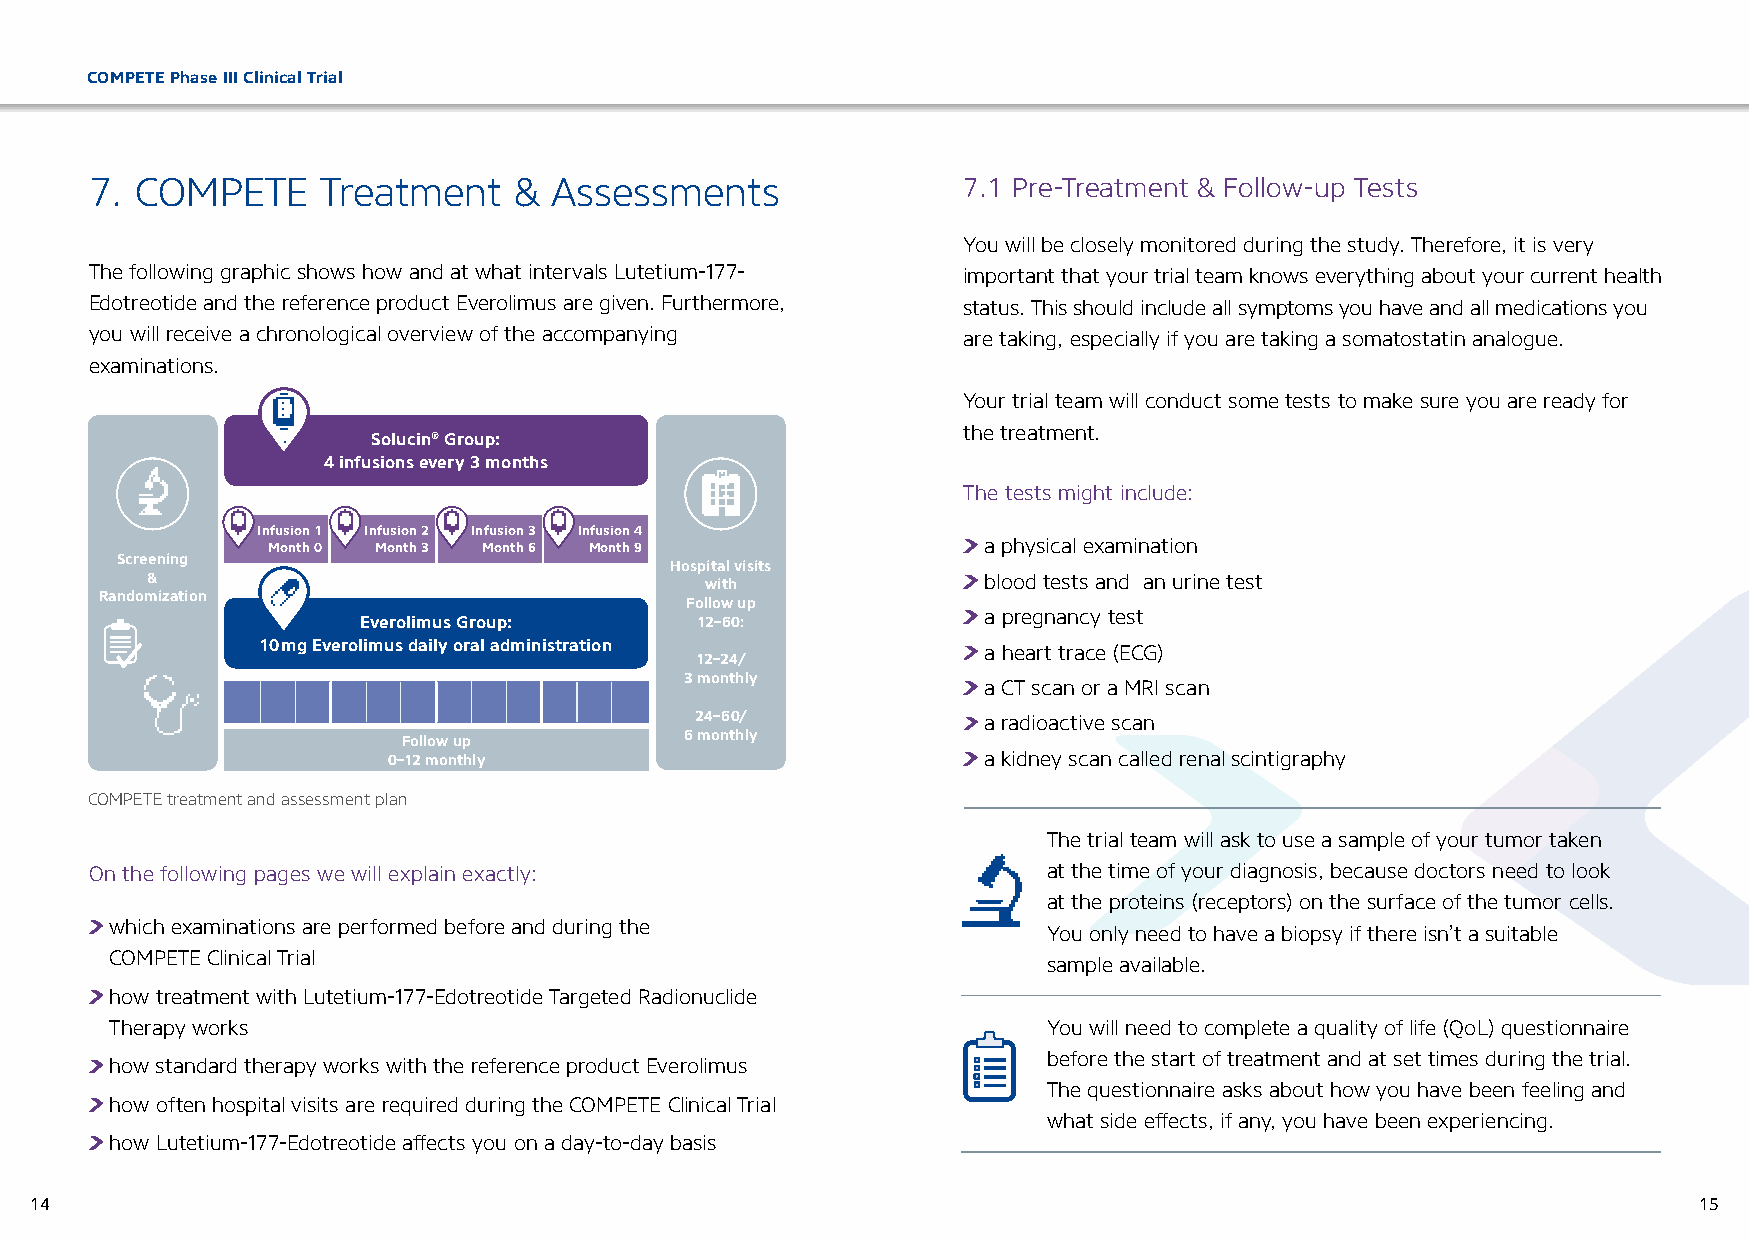
COMPETE Phase III Clinical Trial
 7. COMPETE     Treatment    &  Assessments                7.1 Pre-Treatment & Follow-up Tests
 You will be closely monitored during the study. Therefore, it is very
 The following graphic shows how and at what intervals Lutetium-177- important that your trial team knows everything about your current health
 Edotreotide and the reference product Everolimus are given. Furthermore, status. This should include all symptoms you have and all medications you
 you will receive a chronological overview of the accompanying are taking, especially if you are taking a somatostatin analogue.
 examinations.
 Your trial team will conduct some tests to make sure you are ready for
 the treatment.
 Solucin® Group:
 4 infusions every 3 months
 The tests might include:
 Infusion 1 Infusion 2 Infusion 3 Infusion 4
 Month 0 Month 3 Month 6 Month 9                a physical examination
 Screening
 Hospital visits
 &                                    with              blood tests and an urine test
 Randomization
 Follow up
 Everolimus Group:     12–60:
 a pregnancy test
 10 mg Everolimus daily oral administration
 12–24/
 a heart trace (ECG)
 3 monthly
 a CT scan or a MRI scan
 24–60/             a radioactive scan
 6 monthly
 Follow up
 0–12 monthly                           a kidney scan called renal scintigraphy
 COMPETE treatment and assessment plan
 The trial team will ask to use a sample of your tumor taken
 On the following pages we will explain exactly:                at the time of your diagnosis, because doctors need to look
 at the proteins (receptors) on the surface of the tumor cells.
 which examinations are performed before and during the
 You only need to have a biopsy if there isn’t a suitable
 COMPETE Clinical Trial
 sample available.
 how treatment with Lutetium-177-Edotreotide Targeted Radionuclide
 Therapy works                                                 You will need to complete a quality of life (QoL) questionnaire
 before the start of treatment and at set times during the trial.
 how standard therapy works with the reference product Everolimus
 The questionnaire asks about how you have been feeling and
 how often hospital visits are required during the COMPETE Clinical Trial
 what side effects, if any, you have been experiencing.
 how Lutetium-177-Edotreotide affects you on a day-to-day basis
 14                                                                                                            15